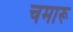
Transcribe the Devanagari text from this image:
चमारू